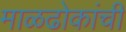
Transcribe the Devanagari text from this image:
माळढोकांची